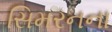
સિમરનના